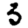
Digit: 3